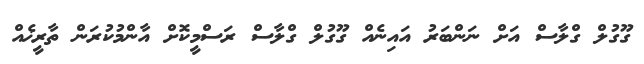
ގޫގުލް ގްލާސް އަށް ނަންބަރު އައިނެއް ގޫގުލް ގްލާސް ރަސްމީކޮށް އާންމުކުރަން ތާރީޚެއް